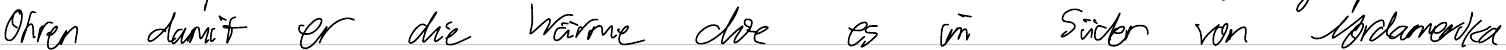
Ohren damit er die Wärme die es im Süden von Nordamerika